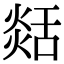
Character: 𦧡